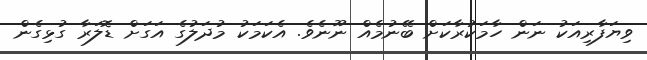
ވިޔަފާރިއަކު ނަން ހާމަކުރާކަށް ބޭނުމެއް ނޫނެވެ. އެކަމަކު މުދަލުގެ އަގަށް ޑޮލަރާ ގުޅިގެން